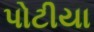
પોટીયા